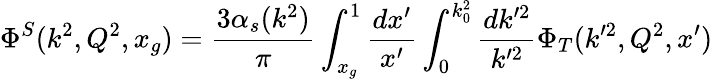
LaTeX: \Phi^{S}(k^{2},Q^{2},x_{g})={\frac{3\alpha_{s}(k^{2})}{\pi}}\int_{x_{g}}^{1}{\frac{dx^{\prime}}{x^{\prime}}}\int_{0}^{k_{0}^{2}}{\frac{dk^{\prime 2}}{k^{\prime 2}}}\Phi_{T}(k^{\prime 2},Q^{2},x^{\prime})